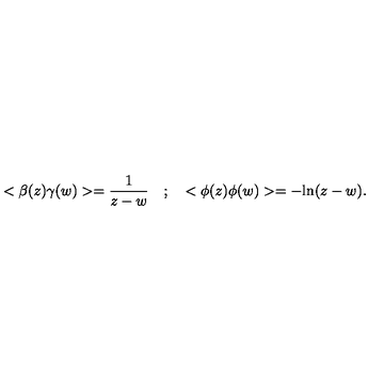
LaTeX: < \beta ( z ) \gamma ( w ) > = { \frac { 1 } { z - w } } \quad ; \quad < \phi ( z ) \phi ( w ) > = - \mathrm { l n } ( z - w ) .